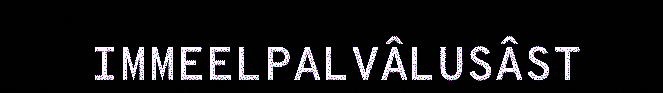
IMMEELPALVÂLUSÂST